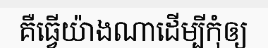
គឺធ្វើយ៉ាងណាដើម្បីកុំឲ្យ